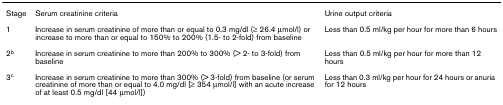
<table><thead><tr><td><b>Stage</b></td><td><b>Serum creatinine criteria</b></td><td><b>Urine output criteria</b></td></tr></thead><tbody><tr><td>1</td><td>Increase in serum creatinine of more than or equal to 0.3 mg/dl (≥ 26.4 μmol/l) or increase to more than or equal to 150% to 200% (1.5- to 2-fold) from baseline</td><td>Less than 0.5 ml/kg per hour for more than 6 hours</td></tr><tr><td>2<sup>b</sup></td><td>Increase in serum creatinine to more than 200% to 300% (&gt; 2- to 3-fold) from baseline</td><td>Less than 0.5 ml/kg per hour for more than 12 hours</td></tr><tr><td>3<sup>c</sup></td><td>Increase in serum creatinine to more than 300% (&gt; 3-fold) from baseline (or serum creatinine of more than or equal to 4.0 mg/dl [≥ 354 μmol/l] with an acute increase of at least 0.5 mg/dl [44 μmol/l])</td><td>Less than 0.3 ml/kg per hour for 24 hours or anuria for 12 hours</td></tr></tbody></table>